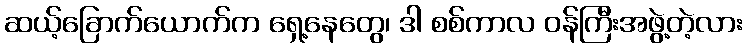
ဆယ့်ခြောက်ယောက်က ရှေ့နေတွေ၊ ဒါ စစ်ကာလ ဝန်ကြီးအဖွဲ့တဲ့လား